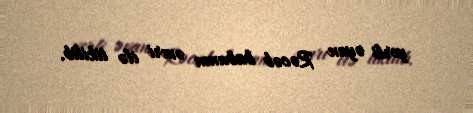
yerli əyan Rəcəb babanın əmri ilə tikilib.